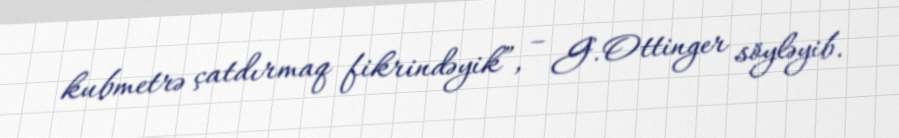
kubmetrə çatdırmaq fikrindəyik”, – G.Ottinger söyləyib.